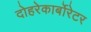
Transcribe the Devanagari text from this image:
दोहरेकार्बोरेटर